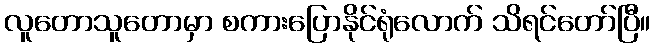
လူတောသူတောမှာ စကားပြောနိုင်ရုံလောက် သိရင်တော်ပြီ။